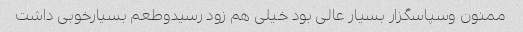
ممنون وسپاسگزار بسیار عالی بود خیلی هم زود رسیدوطعم بسیارخوبی داشت